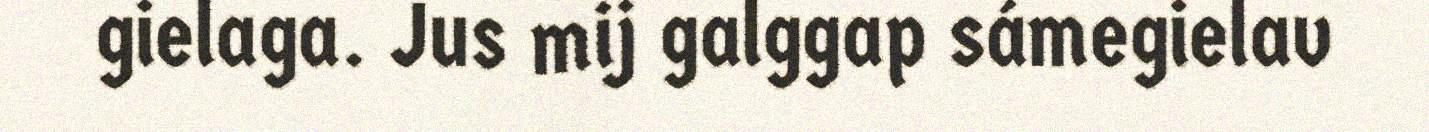
gielaga. Jus mij galggap sámegielav